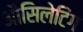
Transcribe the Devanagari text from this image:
औसिलेटिंग